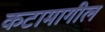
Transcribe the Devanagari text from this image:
कटामागील